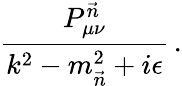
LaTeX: \frac{P_{\mu\nu}^{\vec{n}}}{k^{2}-m_{\vec{n}}^{2}+i\epsilon}\, .